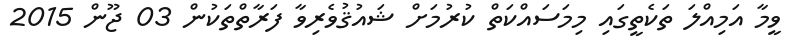
ވީމާ އަމިއްލަ ތަކެތީގައި މިމަސައްކަތް ކުރުމަށް ޝައުޤުވެރިވާ ފަރާތްތަކުން 03 ޖޫން 2015